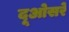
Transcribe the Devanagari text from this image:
दूओसरे